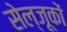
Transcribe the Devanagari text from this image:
सेल्जूकों